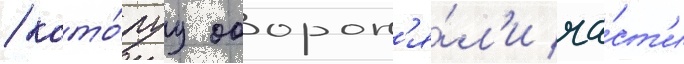
/ кото́руу оборон'я́л'и ча́ст'и